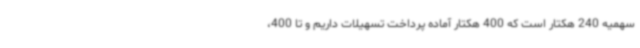
سهمیه 240 هکتار است که 400 هکتار آماده پرداخت تسهیلات داریم و تا 400،